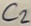
Text: C2